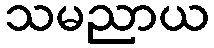
သမညာယ